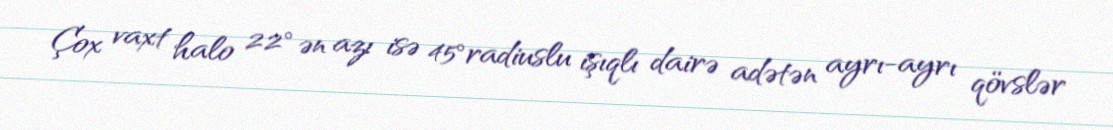
Çox vaxt halo 22° ən azı isə 45°radiuslu işıqlı dairə adətən ayrı-ayrı qövslər